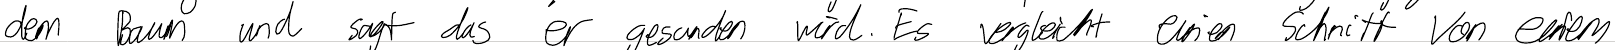
dem Baum und sagt das er gesunden wird. Es vergleicht einen Schnitt von einem